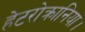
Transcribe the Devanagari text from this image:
हेटरोक्रानिया।